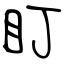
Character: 盯